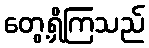
တွေ့ရှိကြသည်